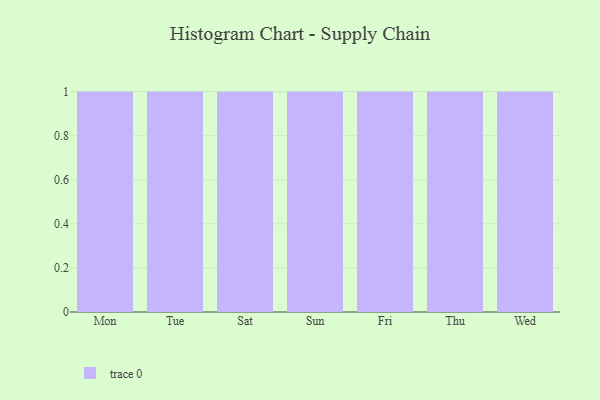
{"axis": {"x": "Day", "y": "Population (Million)"}, "legend": [""], "data": [{"x": "Mon", "y": 59, "type": ""}, {"x": "Tue", "y": 23, "type": ""}, {"x": "Sat", "y": 89, "type": ""}, {"x": "Sun", "y": 45, "type": ""}, {"x": "Fri", "y": 38, "type": ""}, {"x": "Thu", "y": 92, "type": ""}, {"x": "Wed", "y": 80, "type": ""}]}